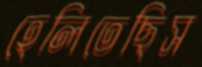
হেলিতেছিস